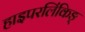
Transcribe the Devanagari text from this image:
हाइपरलिंकिङ्